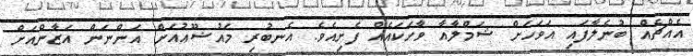
އެއްޗެއް ބުނެލާފައި އަވަހަށް ޝަމްލާއާ ވާހަކައެއް ފެށިއެވެ. އެނބުރި މައުޟޫޢުއަށް އަންނަން އަޒާންއަށް